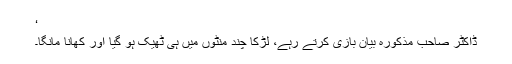
‘
ڈاکٹر صاحب مذکورہ بیان بازی کرتے رہے، لڑکا چند منٹوں میں ہی ٹھیک ہو گیا اور کھانا مانگا۔